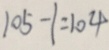
1 0 5 - 1 = 1 0 4